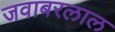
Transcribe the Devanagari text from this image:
जवाबरलाल